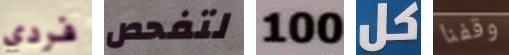
فردي لتفحص 100 كل وقفنا